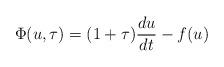
LaTeX: \begin{align*} \Phi(u,\tau)=(1+\tau)\displaystyle\frac{du}{dt}-f(u) \end{align*}